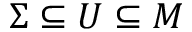
\Sigma \subseteq U \subseteq M